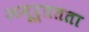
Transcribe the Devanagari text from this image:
अमूर्ततता